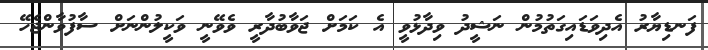
ފަނޑިޔާރު އެދިވަޑައިގަތުމުން ނަޝީދު ވިދާޅުވީ އެ ކަމަށް ޖަވާބުދާރީ ވެވޭނީ ވަކީލުންނަށް ސާފުވާންޖެހޭ